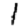
Digit: 1